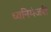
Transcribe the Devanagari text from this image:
ध्वनिमंजरी